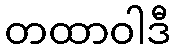
တထာဝါဒီ